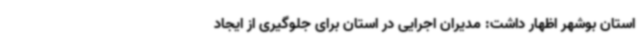
استان بوشهر اظهار داشت: مدیران اجرایی در استان برای جلوگیری از ایجاد